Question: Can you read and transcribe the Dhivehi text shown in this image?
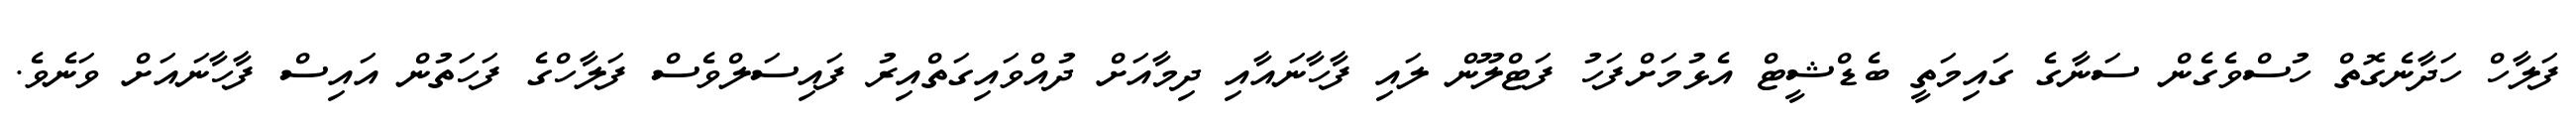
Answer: ފަލާހް ހަދާނެގޮތް ހުސްވެގެން ސަނާގެ ގައިމަތީ ބެޑްޝީޓް އެޅުމަށްފަހު ފަޓްލޫން ލައި ފާހާނައާއި ދިމާއަށް ދުއްވައިގަތްއިރު ފައިސަލްވެސް ފަލާހްގެ ފަހަތުން އައިސް ފާހާނައަށް ވަނެވެ.